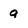
Character: q